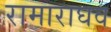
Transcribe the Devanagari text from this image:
रामाराघव